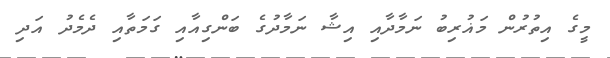
މީގެ އިތުރުން މަޣުރިބު ނަމާދާއި އިޝާ ނަމާދުގެ ބަންގިއާއި ގަމަތާއި ދެމެދު އަދި